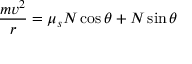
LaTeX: { \frac { m v ^ { 2 } } { r } } = \mu _ { s } N \cos \theta + N \sin \theta